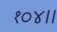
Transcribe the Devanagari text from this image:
१०४।।